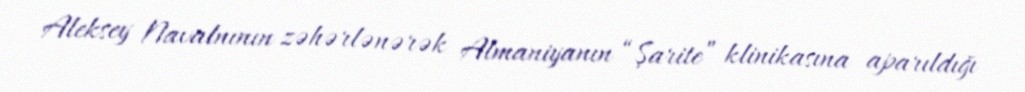
Aleksey Navalnının zəhərlənərək Almaniyanın “Şarite” klinikasına aparıldığı